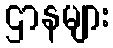
ဌာနများ